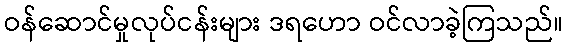
ဝန်ဆောင်မှုလုပ်ငန်းများ ဒရဟော ဝင်လာခဲ့ကြသည်။